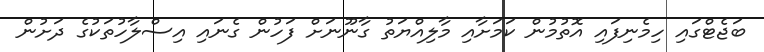
ބަޖެޓްގައި ހިމެނިފައި އޮތުމުން ކަމަށާއި މާލިއްޔަތު ގާނޫނަށް ފަހުން ގެނައި އިސްލާހުތަކުގެ ދަށުން